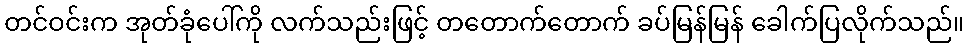
တင်ဝင်းက အုတ်ခုံပေါ်ကို လက်သည်းဖြင့် တတောက်တောက် ခပ်မြန်မြန် ခေါက်ပြလိုက်သည်။